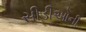
સીડીઓની